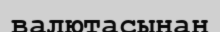
валютасынан